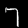
Digit: 7